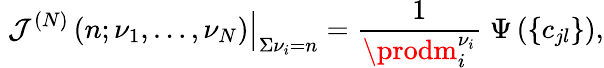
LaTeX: \left.\; \mathcal{J}^{(N)}\left(n;\nu_{1},\ldots,\nu_{N}\right)\right|_{\Sigma\nu_{i}=n}=\frac{{1}}{{\prodm_{i}^{\nu_{i}}}}\; \Psi\left(\left\{ c_{jl}\right\} \right),